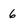
Character: 6